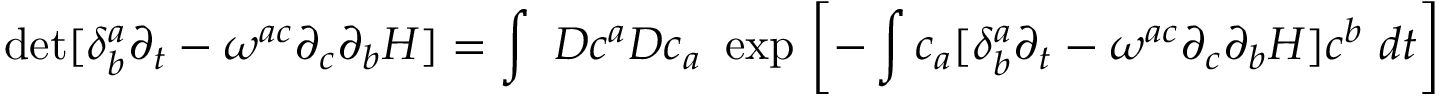
\operatorname * { d e t } [ \delta _ { b } ^ { a } \partial _ { t } - \omega ^ { a c } \partial _ { c } \partial _ { b } H ] = \int ~ { \cal D } c ^ { a } { \cal D } { \o c } _ { a } ~ \exp ~ \biggl [ - \int { \o c } _ { a } [ \delta _ { b } ^ { a } \partial _ { t } - \omega ^ { a c } \partial _ { c } \partial _ { b } H ] c ^ { b } ~ d t \biggr ]